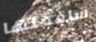
سافعلها